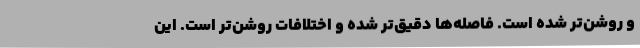
و روشن‌تر شده است. فاصله‌ها دقیق‌تر شده و اختلافات روشن‌تر است. این